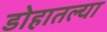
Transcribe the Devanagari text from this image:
डोहातल्या